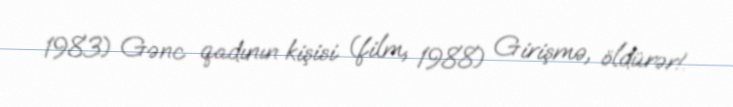
1983) Gənc qadının kişisi (film, 1988) Girişmə, öldürər!.